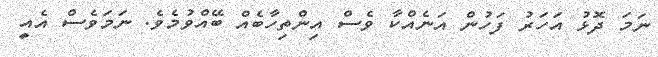
ނަމަ ދޮޅު އަހަރު ފަހުން އަނެއްކާ ވެސް އިންތިހާބެއް ބޭއްވުމެވެ. ނަމަވެސް އެއީ